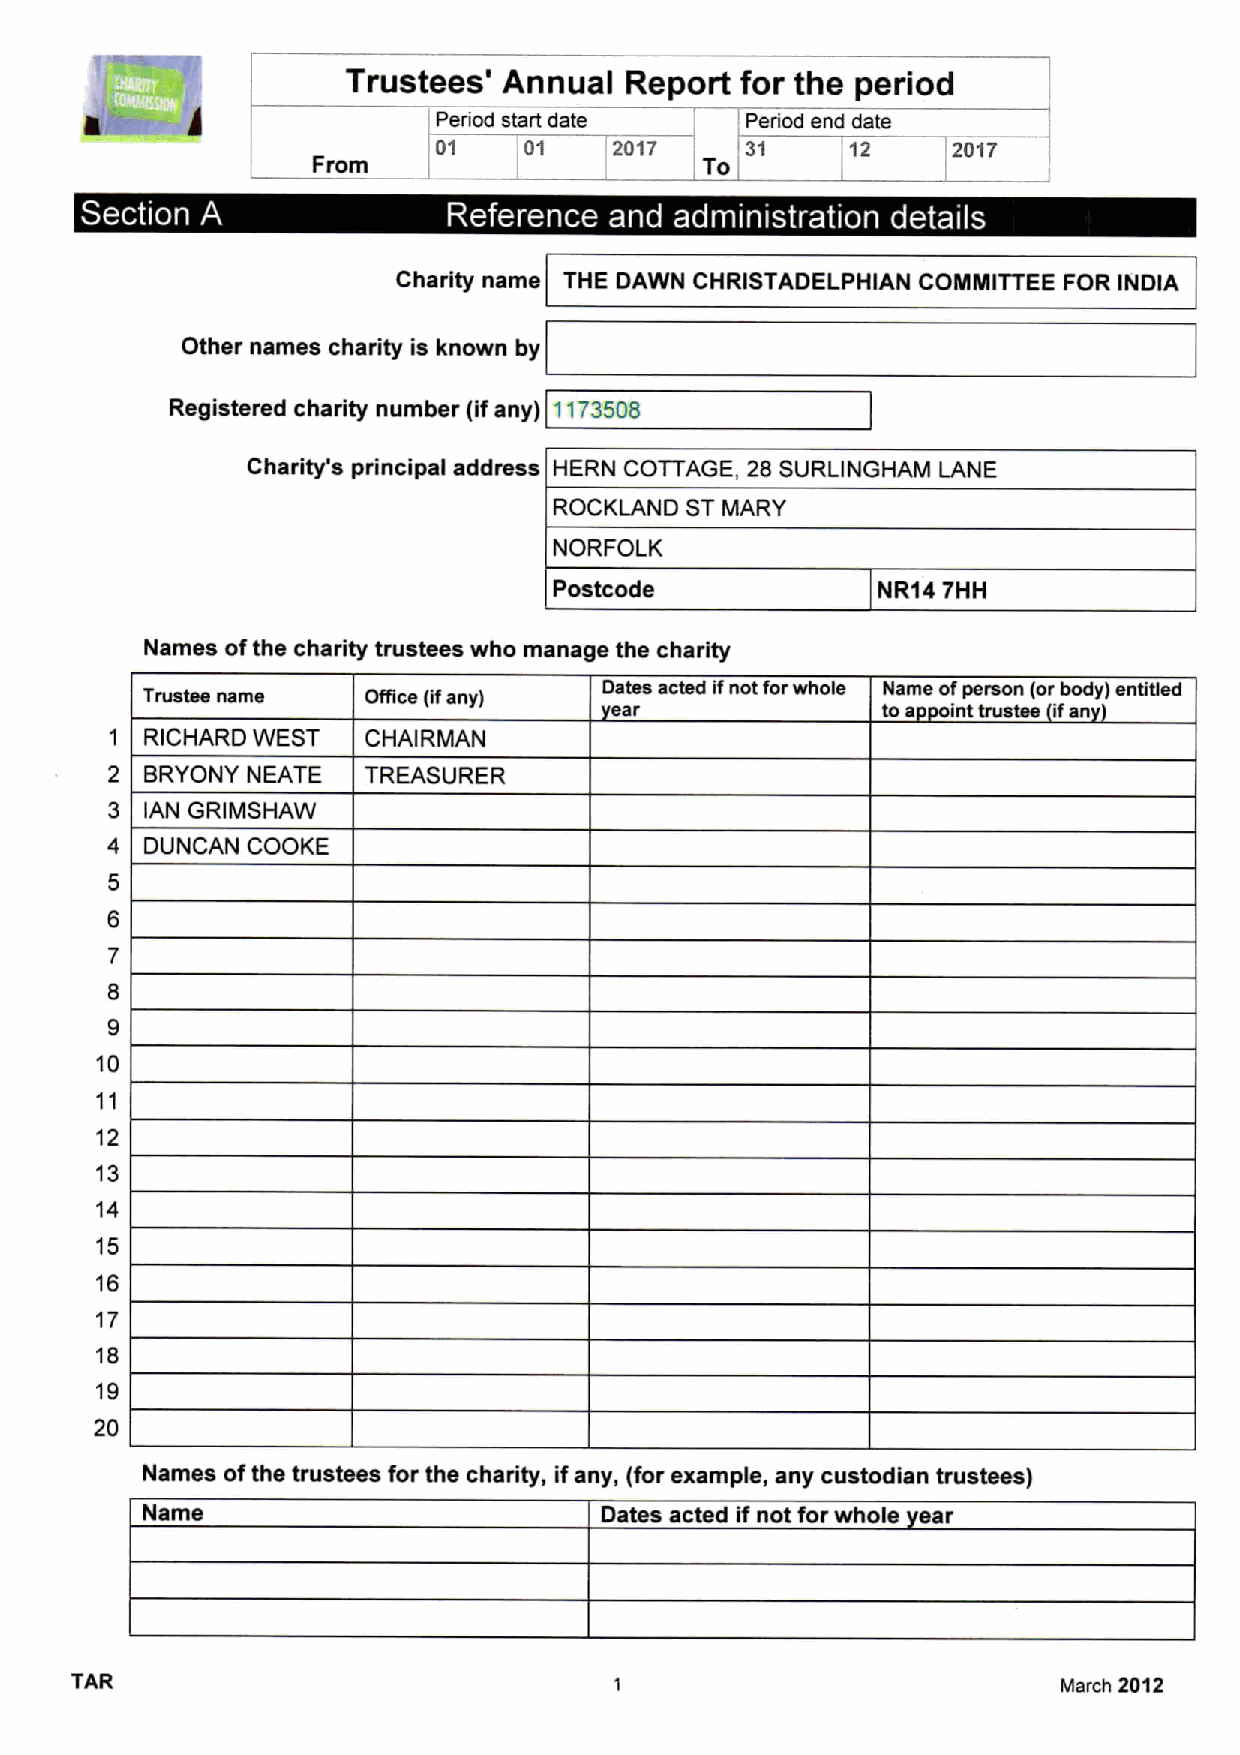
k3
 Trustees' Annual  Report  for the period
 01.
 Period start date   Period end date
 01   '      2017    31     12     2017
 From               ,     To
 ~   s                            ~  ~       r ~  ~
 Charity name THE DAWN CHRISTADELPHIAN COMMITTEE FOR INDIA
 Other names charity is known by
 Registered charity number (ifany) 1173508
 Charity's principal address HERN COTTAGE, 28 SURLINGHAM LANE
 ROCKLAND STMARY
 NORFOLK
 Postcode             NR14 7HH
 Names ofthe charity trustees who manage the charity
 Trustee name   Office (ifany)  Dates acted ifnot forwhole Name ofperson (orbody) entitled
 ear               to a int trustee ifan
 1  RICHARD WEST  CHAIRMAN
 2  BRYONY NEATE  TREASURER
 3  IAN GRIMSHAW
 4  DUNCAN COOKE
 5
 6
 7
 8
 9
 10
 11
 12
 13
 14
 15
 16
 17
 18
 19
 20
 Names ofthe trustees for the charity, if any, (for example, any custodian trustees)
 Name                           Dates acted if not for whole ear
 TAR                                                              March 2012